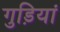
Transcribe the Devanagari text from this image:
गुड़ियां